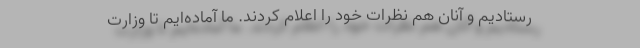
رستادیم و آنان هم نظرات خود را اعلام کردند. ما آماده‌ایم تا وزارت